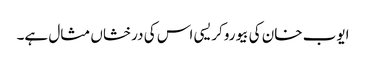
ایوب خان کی بیوروکریسی اس کی درخشاں مثال ہے۔